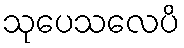
သုပေသလေပိ